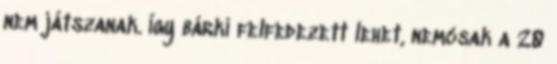
nem játszanak. Így bárki felfedezett lehet, nemcsak a 20